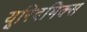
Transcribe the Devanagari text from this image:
यूरिदमिक्स